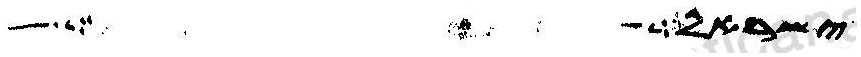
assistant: ישראל ושלח